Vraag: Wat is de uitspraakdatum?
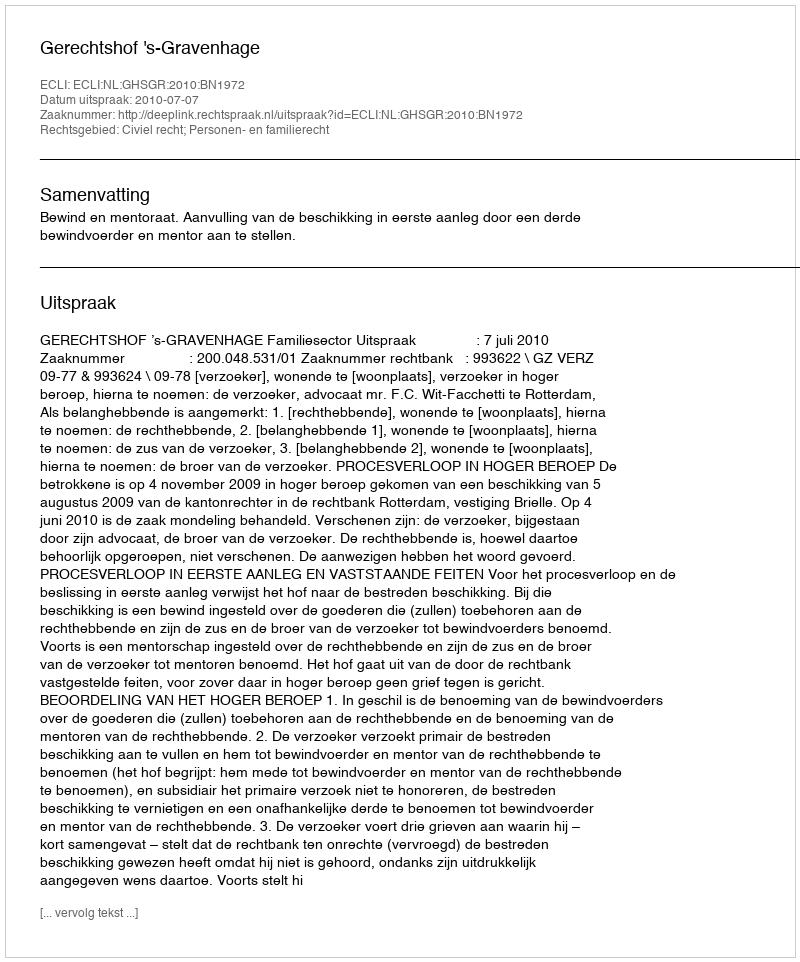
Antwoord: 2010-07-07